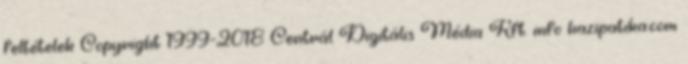
feltételek Copyright 1999-2018 Centrál Digitális Média Kft. info hazipatika.com